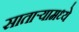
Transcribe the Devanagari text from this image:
सातार्‍यामध्ये